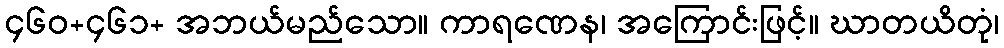
၄၆၀+၄၆၁+ အဘယ်မည်သော။ ကာရဏေန၊ အကြောင်းဖြင့်။ ဃာတယိတုံ၊